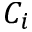
C _ { i }